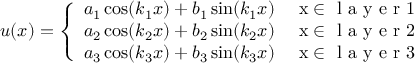
u ( x ) = \left\{ \begin{array} { l l } { a _ { 1 } \cos ( k _ { 1 } x ) + b _ { 1 } \sin ( k _ { 1 } x ) } & { \mathrm { ~ x \in ~ } \textrm { l a y e r } 1 } \\ { a _ { 2 } \cos ( k _ { 2 } x ) + b _ { 2 } \sin ( k _ { 2 } x ) } & { \mathrm { ~ x \in ~ } \textrm { l a y e r } 2 } \\ { a _ { 3 } \cos ( k _ { 3 } x ) + b _ { 3 } \sin ( k _ { 3 } x ) } & { \mathrm { ~ x \in ~ } \textrm { l a y e r } 3 } \end{array} \right.